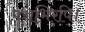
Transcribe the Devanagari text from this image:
पञ्चभिरपि।